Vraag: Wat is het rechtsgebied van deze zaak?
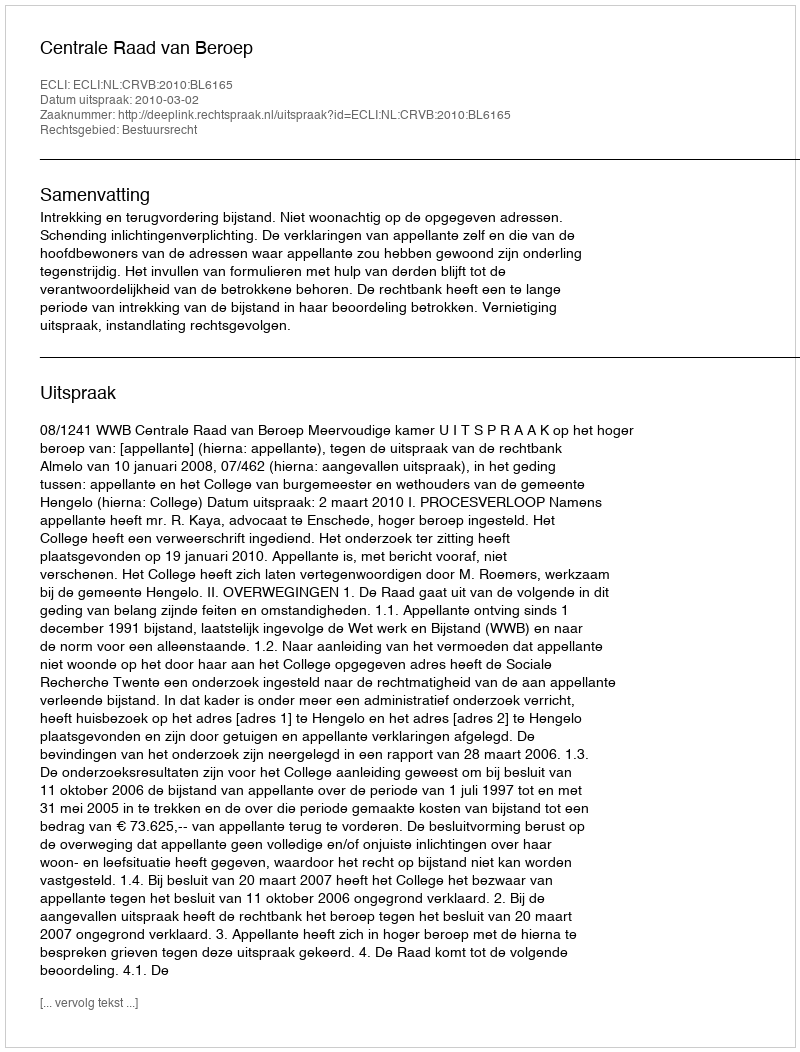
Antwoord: Bestuursrecht